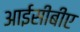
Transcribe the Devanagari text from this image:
आईसीबीए